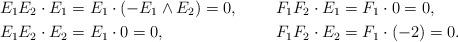
LaTeX: \begin{align*}E_1 E_2 \cdot E_1 & = E_1 \cdot (-E_1 \wedge E_2) = 0, & F_1 F_2 \cdot E_1 & = F_1 \cdot 0 = 0, \\E_1 E_2 \cdot E_2 & = E_1 \cdot 0 = 0, & F_1 F_2 \cdot E_2 & = F_1 \cdot (-2) = 0.\end{align*}